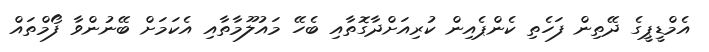
އެމްޑީޕީގެ ދޭތިން ފަހެތި ކެންޕެއިން ކުރިއަށްދާގޮތާއި ބެހޭ މައުލޫމާތާއި އެކަމަށް ބޭނުންވާ ފޯމްތައް